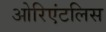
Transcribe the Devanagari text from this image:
ओरिएंटलिस